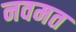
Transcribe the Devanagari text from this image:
नवमत